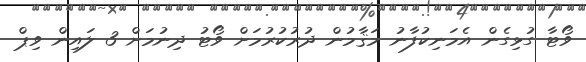
ވޯޓާ ގުޅިގެން އެމަނިކުފާނު މަޤާމުން ދުރުކުރުމަށް ވޯޓު ދިނުމަށް 3 ލައިން ވިޕް